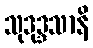
သုဒုဒ္ဒသာနိ